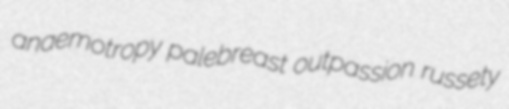
anaemotropy palebreast outpassion russety